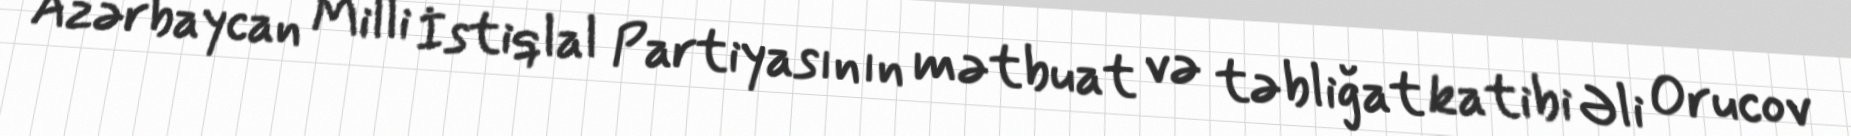
Azərbaycan Milli İstiqlal Partiyasının mətbuat və təbliğat katibi Əli Orucov